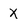
Character: X